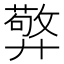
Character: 㢣